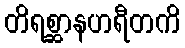
တိရစ္ဆာနဟရီတကိ